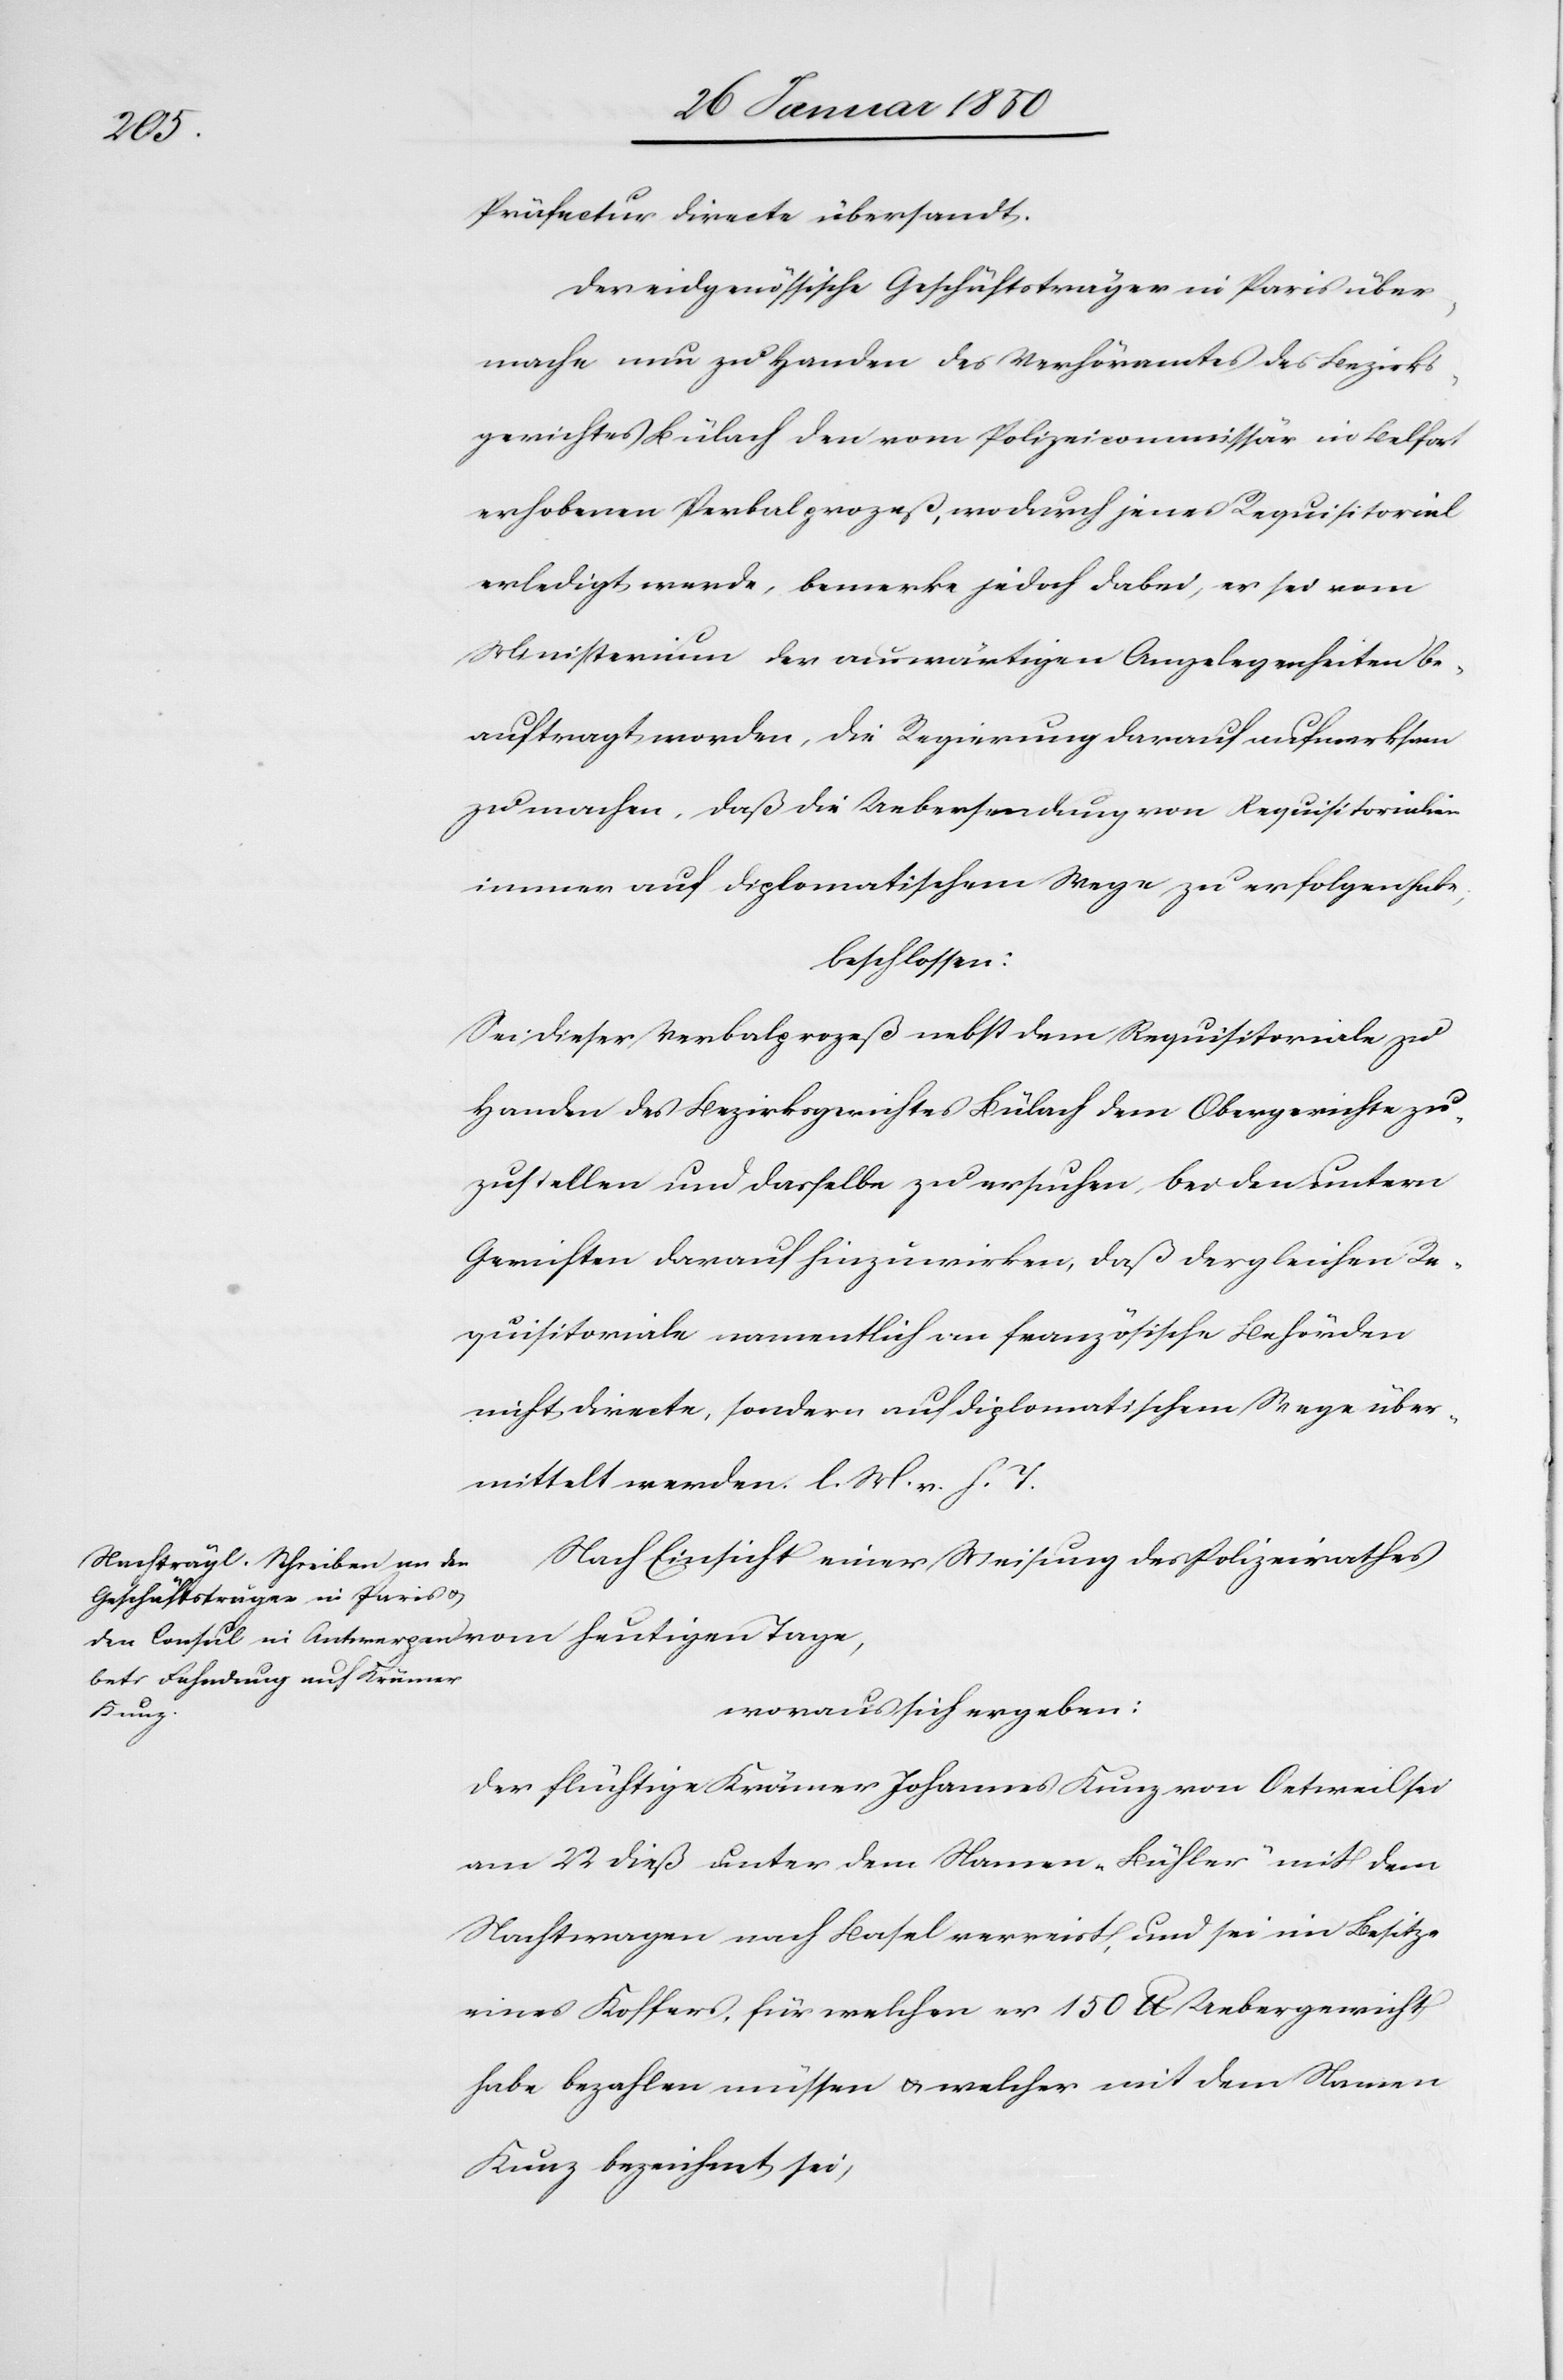
Präfectur directe übersandt.
Der eidgenössische Geschäftsträger in Paris über¬
mache nun zu Handen des Verhöramtes des Bezirks¬
gerichtes Bülach den vom Polizeicommissär in Belfort
erhobenen Verbalprozeß, wodurch jenes Requisitorial
erledigt werde, bemerke jedoch dabei, es sei vom
Ministerium der auswärtigen Angelegenheiten be¬
auftragt worden, die Regierung darauf aufmerksam
zu machen, daß die Uebersendung von Requisitorialien
immer auf diplomatischem Wege zu erfolgen habe,
beschlossen:
Sei dieser Verbalprozeß nebst dem Requisitoriale zu
Handen des Bezirksgerichtes Bülach dem Obergerichte zu¬
zustellen und dasselbe zu ersuchen, bei den untern
Gerichten darauf hinzuwirken, daß dergleichen Re¬
quisitoriale namentlich an französische Behörden
nicht directe, sondern auf diplomatischem Wege über¬
mittelt werden. l. M. v. h. T.
Nach Einsicht einer Weisung des Polizeirathes
woraus sich ergeben:
heutigen
Der flüchtige Krämer Johannes Kunz von Oetweil sei
am 22 dieß unter dem Namen „Bühler“ mit dem
Nachtwagen nach Basel verreist, und sei im Besitze
eines Koffers, für welchen er 150 lb Uebergewicht
habe bezahlen müssen u. welcher mit dem Namen
Kunz bezeichnet sei,